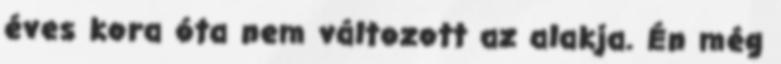
éves kora óta nem változott az alakja. Én még